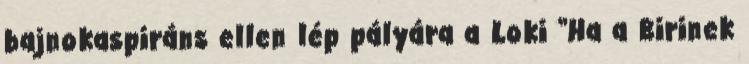
bajnokaspiráns ellen lép pályára a Loki “Ha a Birinek